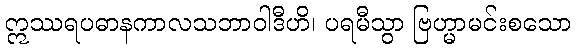
ဣဿရပဓာနကာလသဘာဝါဒီဟိ၊ ပရမီသွာ ဗြဟ္မာမင်းစသော